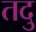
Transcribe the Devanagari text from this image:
तदु